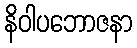
နိဝါပဘောဇနာ